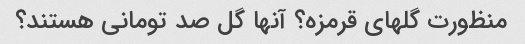
منظورت گلهای قرمزه؟ آنها گل صد تومانی هستند؟